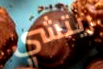
ريتشي